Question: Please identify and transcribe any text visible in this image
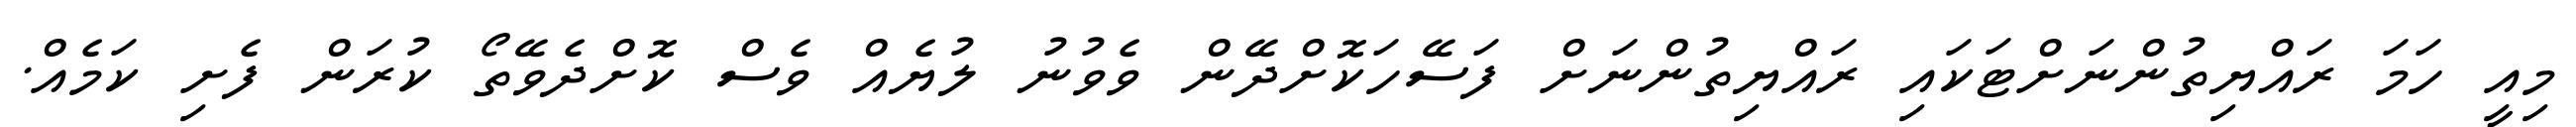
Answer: މިއީ ހަމަ ރައްޔިތުންނަށްޓަކައި ރައްޔިތުންނަށް ފަސޭހަކޮށްދޭން ވެވުނު ލުޔެއް ވެސް ކޮށްދެވޭތޯ ކުރަން ފެށި ކަމެއް.